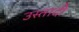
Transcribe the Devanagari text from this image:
उस्तादी